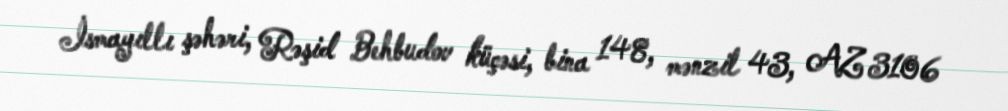
İsmayıllı şəhəri, Rəşid Behbudov küçəsi, bina 148, mənzil 43, AZ 3106